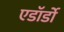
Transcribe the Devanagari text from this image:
एडॉर्डो